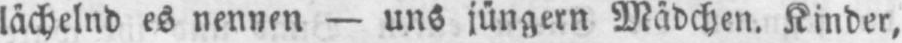
lächelnd es nennen - uns jüngern Mädchen. Kinder,